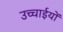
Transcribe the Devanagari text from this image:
उच्चाईयों